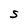
Character: S